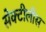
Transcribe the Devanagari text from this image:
सेक्टीलीस